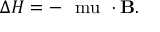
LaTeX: \Delta H = - \mathrm { \boldmath ~ \ m u ~ } \cdot { \bf B } .